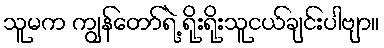
သူမက ကျွန်တော်ရဲ့ ရိုးရိုးသူငယ်ချင်းပါဗျာ။